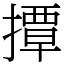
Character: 撢